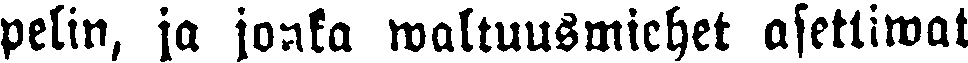
pelin, ja jonka waltuusmiehet asettiwat